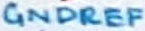
Text: GNDREF